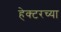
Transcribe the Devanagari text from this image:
हेक्टरच्या